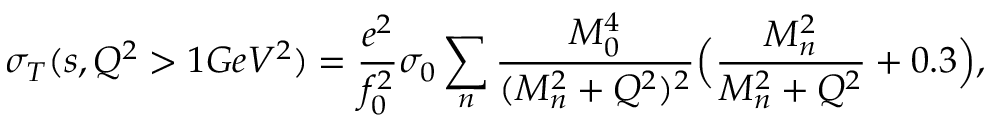
\sigma _ { T } ( s , Q ^ { 2 } > 1 G e V ^ { 2 } ) = \frac { e ^ { 2 } } { f _ { 0 } ^ { 2 } } \sigma _ { 0 } \sum _ { n } \frac { M _ { 0 } ^ { 4 } } { ( M _ { n } ^ { 2 } + Q ^ { 2 } ) ^ { 2 } } \Big ( \frac { M _ { n } ^ { 2 } } { M _ { n } ^ { 2 } + Q ^ { 2 } } + 0 . 3 \Big ) ,